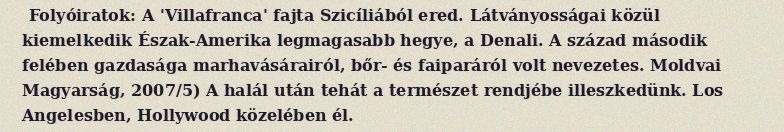
Folyóiratok: A 'Villafranca' fajta Szicíliából ered. Látványosságai közül kiemelkedik Észak-Amerika legmagasabb hegye, a Denali. A század második felében gazdasága marhavásárairól, bőr- és faiparáról volt nevezetes. Moldvai Magyarság, 2007/5) A halál után tehát a természet rendjébe illeszkedünk. Los Angelesben, Hollywood közelében él.